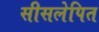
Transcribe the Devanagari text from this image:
सीसलेपित